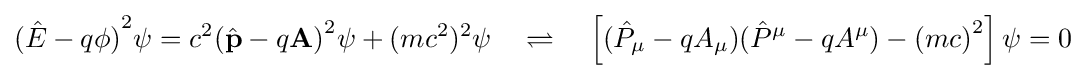
{({\hat {E}}-q\phi )}^{2}\psi =c^{2}{({\hat {\mathbf {p} }}-q\mathbf {A} )}^{2}\psi +(mc^{2})^{2}\psi \quad \rightleftharpoons \quad \left[{({\hat {P}}_{\mu }-qA_{\mu })}{({\hat {P}}^{\mu }-qA^{\mu })}-{(mc)}^{2}\right]\psi =0